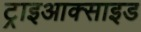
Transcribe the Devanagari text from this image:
ट्राइआक्साइड